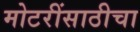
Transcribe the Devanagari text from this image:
मोटरींसाठीचा